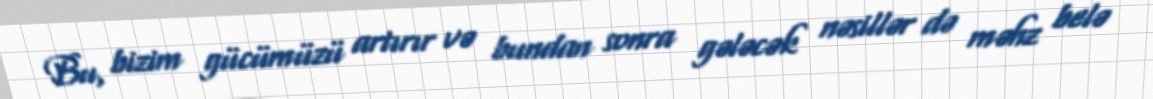
Bu, bizim gücümüzü artırır və bundan sonra gələcək nəsillər də məhz belə